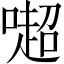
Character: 𠾸